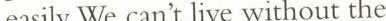
easily. We can't live without the